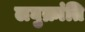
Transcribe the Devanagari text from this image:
लघुक्रांति